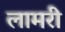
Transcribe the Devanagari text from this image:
लामरी